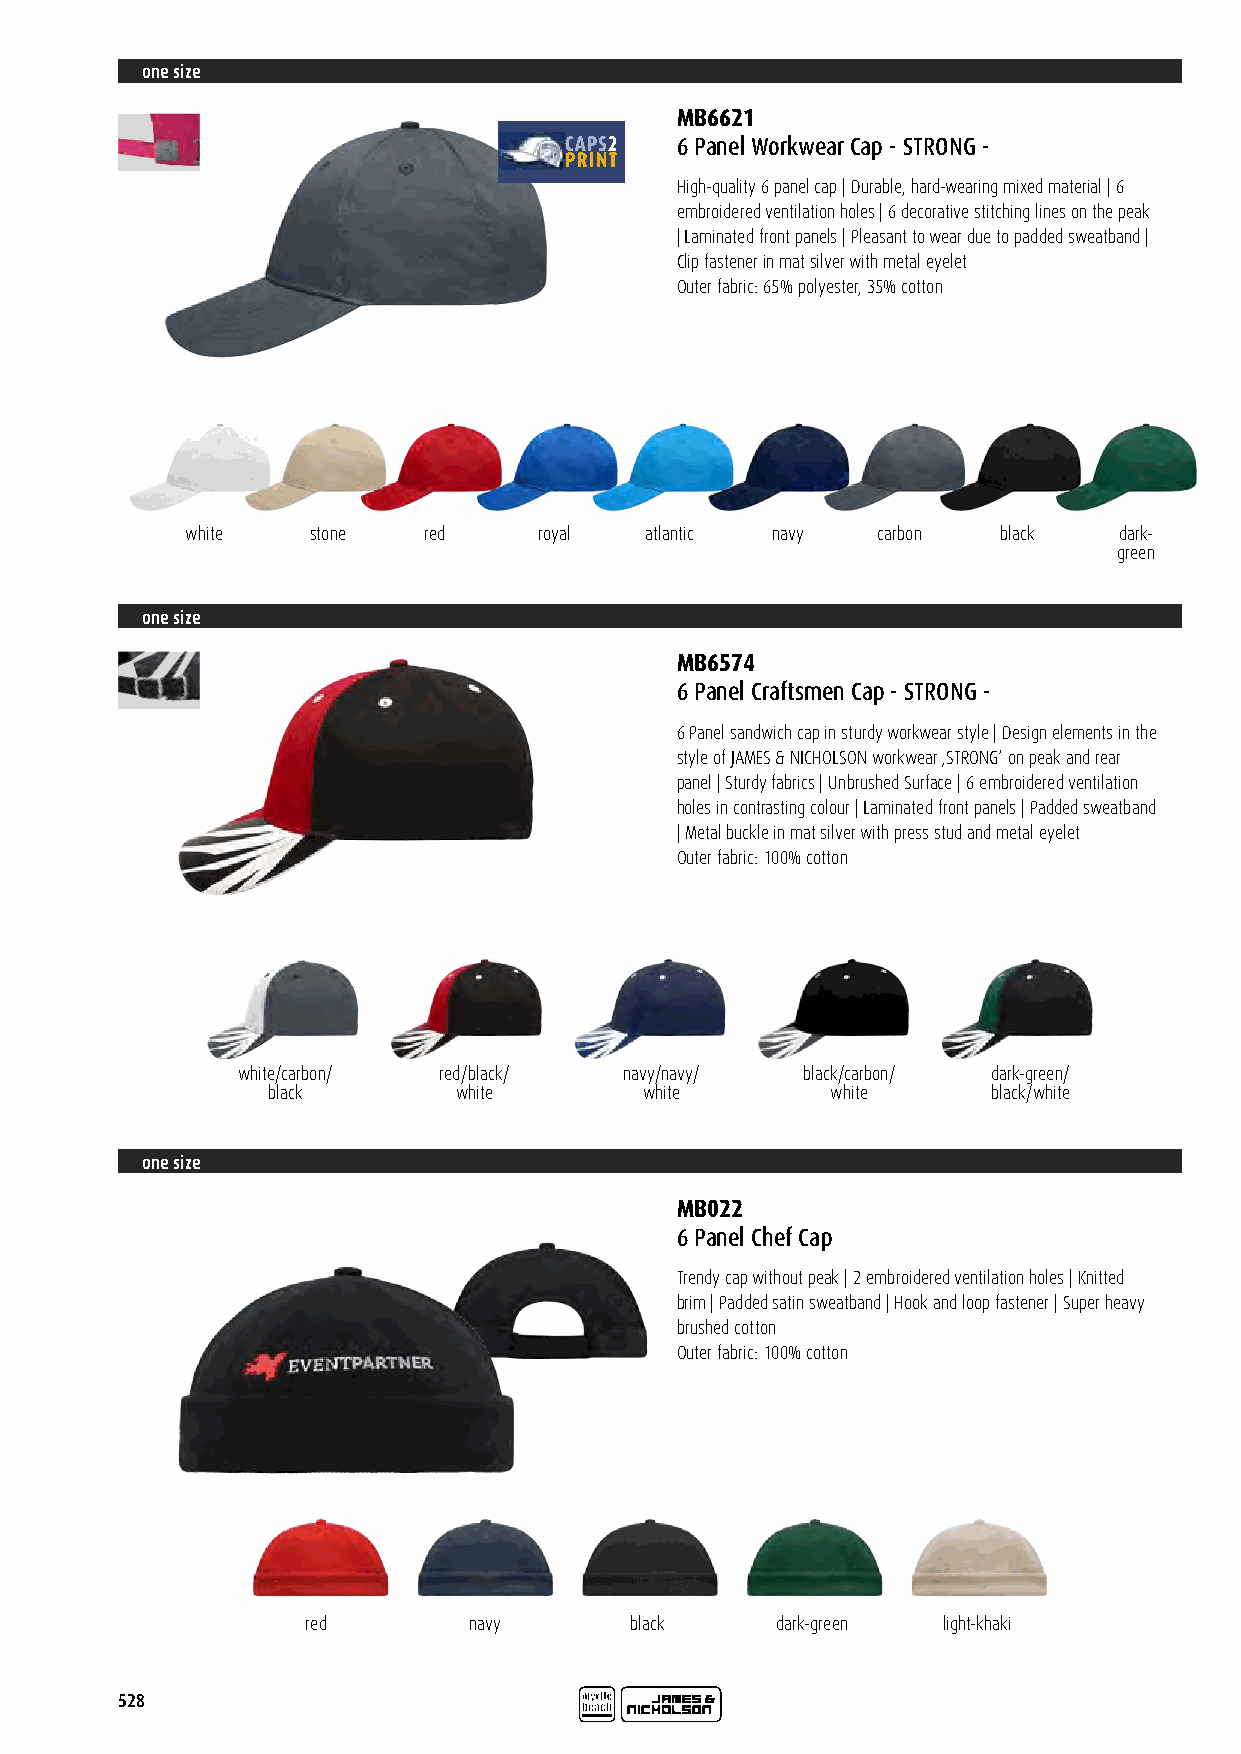
one size
 MB6621
 6 Panel Workwear Cap - STRONG -
 High-quality 6 panel cap | Durable, hard-wearing mixed material | 6
 embroidered ventilation holes | 6 decorative stitching lines on the peak
 | Laminated front panels | Pleasant to wear due to padded sweatband |
 Clip fastener in mat silver with metal eyelet
 Outer fabric: 65% polyester, 35% cotton
 white   stone   red     royal  atlantic navy  carbon  black   dark-
 green
 one size
 MB6574
 6 Panel Craftsmen Cap - STRONG -
 6 Panel sandwich cap in sturdy workwear style | Design elements in the
 style of JAMES & NICHOLSON workwear ‚STRONG‘ on peak and rear
 panel | Sturdy fabrics | Unbrushed Surface | 6 embroidered ventilation
 holes in contrasting colour | Laminated front panels | Padded sweatband
 | Metal buckle in mat silver with press stud and metal eyelet
 Outer fabric: 100% cotton
 white/carbon/ red/black/ navy/navy/  black/carbon/ dark-green/
 black       white        white       white      black/white
 one size
 MB022
 6 Panel Chef Cap
 Trendy cap without peak | 2 embroidered ventilation holes | Knitted
 brim | Padded satin sweatband | Hook and loop fastener | Super heavy
 brushed cotton
 Outer fabric: 100% cotton
 red        navy       black    dark-green light-khaki
 528